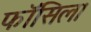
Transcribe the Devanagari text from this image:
फॉसिल।